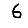
Digit: 6